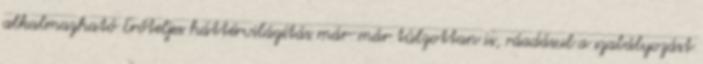
alkalmazható Erőteljes háttérvilágítás már-már túlzottan is, ráadásul a szabályozást